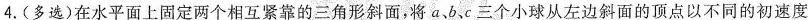
4.(多选)在水平面上固定两个相互紧靠的三角形斜面，将α、b、c三个小球从左边斜面的顶点以不同的初速度